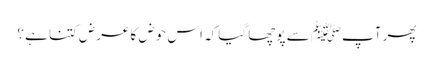
پھر آپﷺ سے پوچھا گیا کہ اس حوض کا عرض کتنا ہے ؟